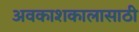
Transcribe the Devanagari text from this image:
अवकाशकालासाठी